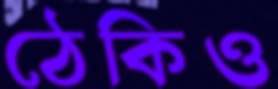
ঠেকিও